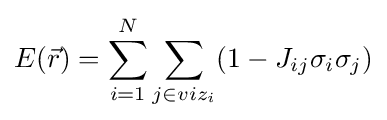
E({\vec {r}})=\sum _{i=1}^{N}\sum _{j\in viz_{i}}(1-J_{ij}\sigma _{i}\sigma _{j})